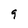
Character: 9